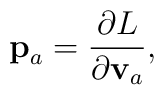
{\bf p}_a=\frac{\partial L}{\partial {\bf v}_a},